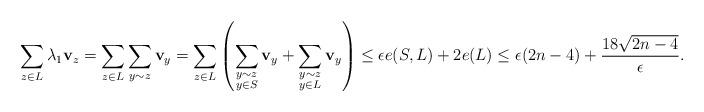
LaTeX: \begin{align*}\sum_{z\in L} \lambda_1 \mathbf{v}_z = \sum_{z\in L} \sum_{y\sim z} \mathbf{v}_y = \sum_{z\in L}\left( \sum_{\substack{y\sim z \\ y\in S}} \mathbf{v}_y + \sum_{\substack{y\sim z\\ y\in L}} \mathbf{v}_y \right) \leq \epsilon e(S,L) + 2e(L) \leq \epsilon (2n-4) + \frac{18\sqrt{2n-4}}{\epsilon}.\end{align*}